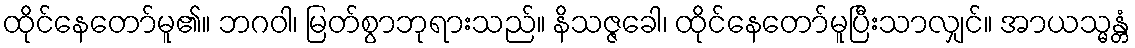
ထိုင်နေတော်မူ၏။ ဘဂဝါ၊ မြတ်စွာဘုရားသည်။ နိသဇ္ဇခေါ၊ ထိုင်နေတော်မူပြီးသာလျှင်။ အာယသ္မန္တံ